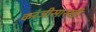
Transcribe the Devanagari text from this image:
करंजीसारखी